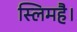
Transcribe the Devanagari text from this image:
स्लिमहै।